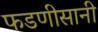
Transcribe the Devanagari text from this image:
फडणीसानी